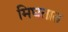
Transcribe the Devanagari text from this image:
मिघतात